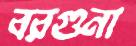
বরগুনা